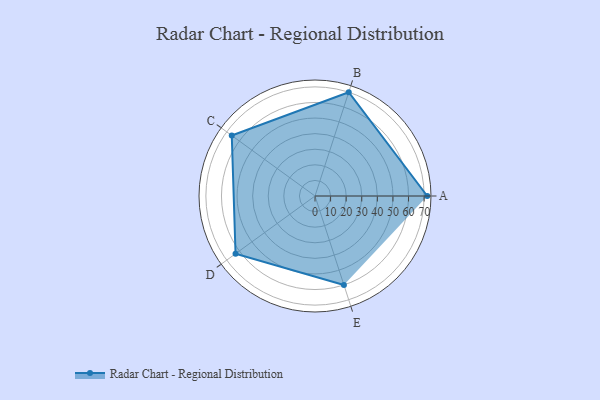
{"axis": {"x": "Skill", "y": "Score"}, "legend": ["Profile"], "data": [{"x": "A", "y": 72.0, "type": "Profile"}, {"x": "B", "y": 70.0, "type": "Profile"}, {"x": "C", "y": 66.0, "type": "Profile"}, {"x": "D", "y": 63.0, "type": "Profile"}, {"x": "E", "y": 60.0, "type": "Profile"}]}